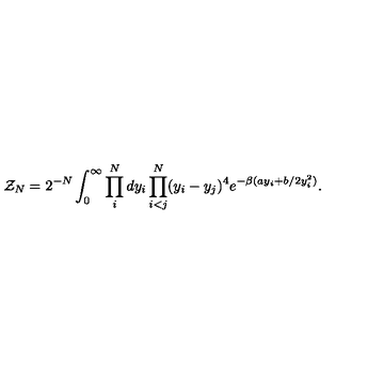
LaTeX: { \cal Z } _ { N } = 2 ^ { - N } \int _ { 0 } ^ { \infty } \prod _ { i } ^ { N } d y _ { i } \prod _ { i < j } ^ { N } ( y _ { i } - y _ { j } ) ^ { 4 } e ^ { - \beta ( a y _ { i } + b / 2 y _ { i } ^ { 2 } ) } .